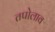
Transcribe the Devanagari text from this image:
तपोलाव